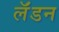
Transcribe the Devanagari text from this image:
लॅंडन